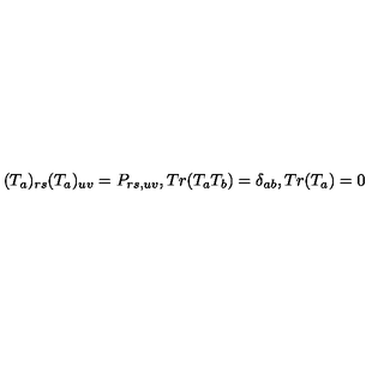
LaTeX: ( T _ { a } ) _ { r s } ( T _ { a } ) _ { u v } = P _ { r s , u v } , T r ( T _ { a } T _ { b } ) = \delta _ { a b } , T r ( T _ { a } ) = 0